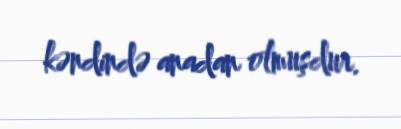
kəndində anadan olmuşdur.